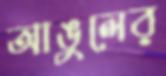
আঙুলের